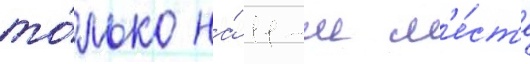
то́лько на́ 11-м м'е́ст'е